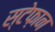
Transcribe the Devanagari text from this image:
स्टेफ़ान